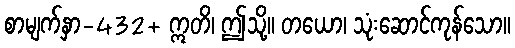
စာမျက်နှာ-432+ ဣတိ၊ ဤသို့။ တယော၊ သုံးဆောင်ကုန်သော။